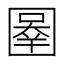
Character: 𰉓